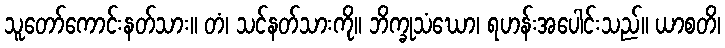
သူတော်ကောင်းနတ်သား။ တံ၊ သင်နတ်သားကို။ ဘိက္ခုသံဃော၊ ရဟန်းအပေါင်းသည်။ ယာစတိ၊